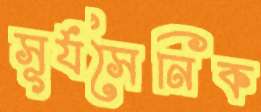
সূর্যসৈনিক